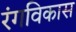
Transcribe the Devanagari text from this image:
रंगविकास